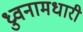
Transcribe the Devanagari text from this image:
ध्रुवनामधारी